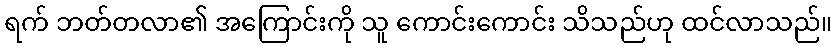
ရက် ဘတ်တလာ၏ အကြောင်းကို သူ ကောင်းကောင်း သိသည်ဟု ထင်လာသည်။